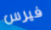
فيرس